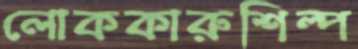
লোককারুশিল্প